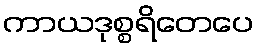
ကာယဒုစ္စရိတေပေ